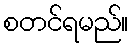
စတင်ရမည်။